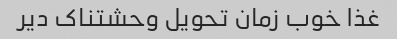
غذا خوب زمان تحویل وحشتناک دیر